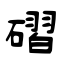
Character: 磖